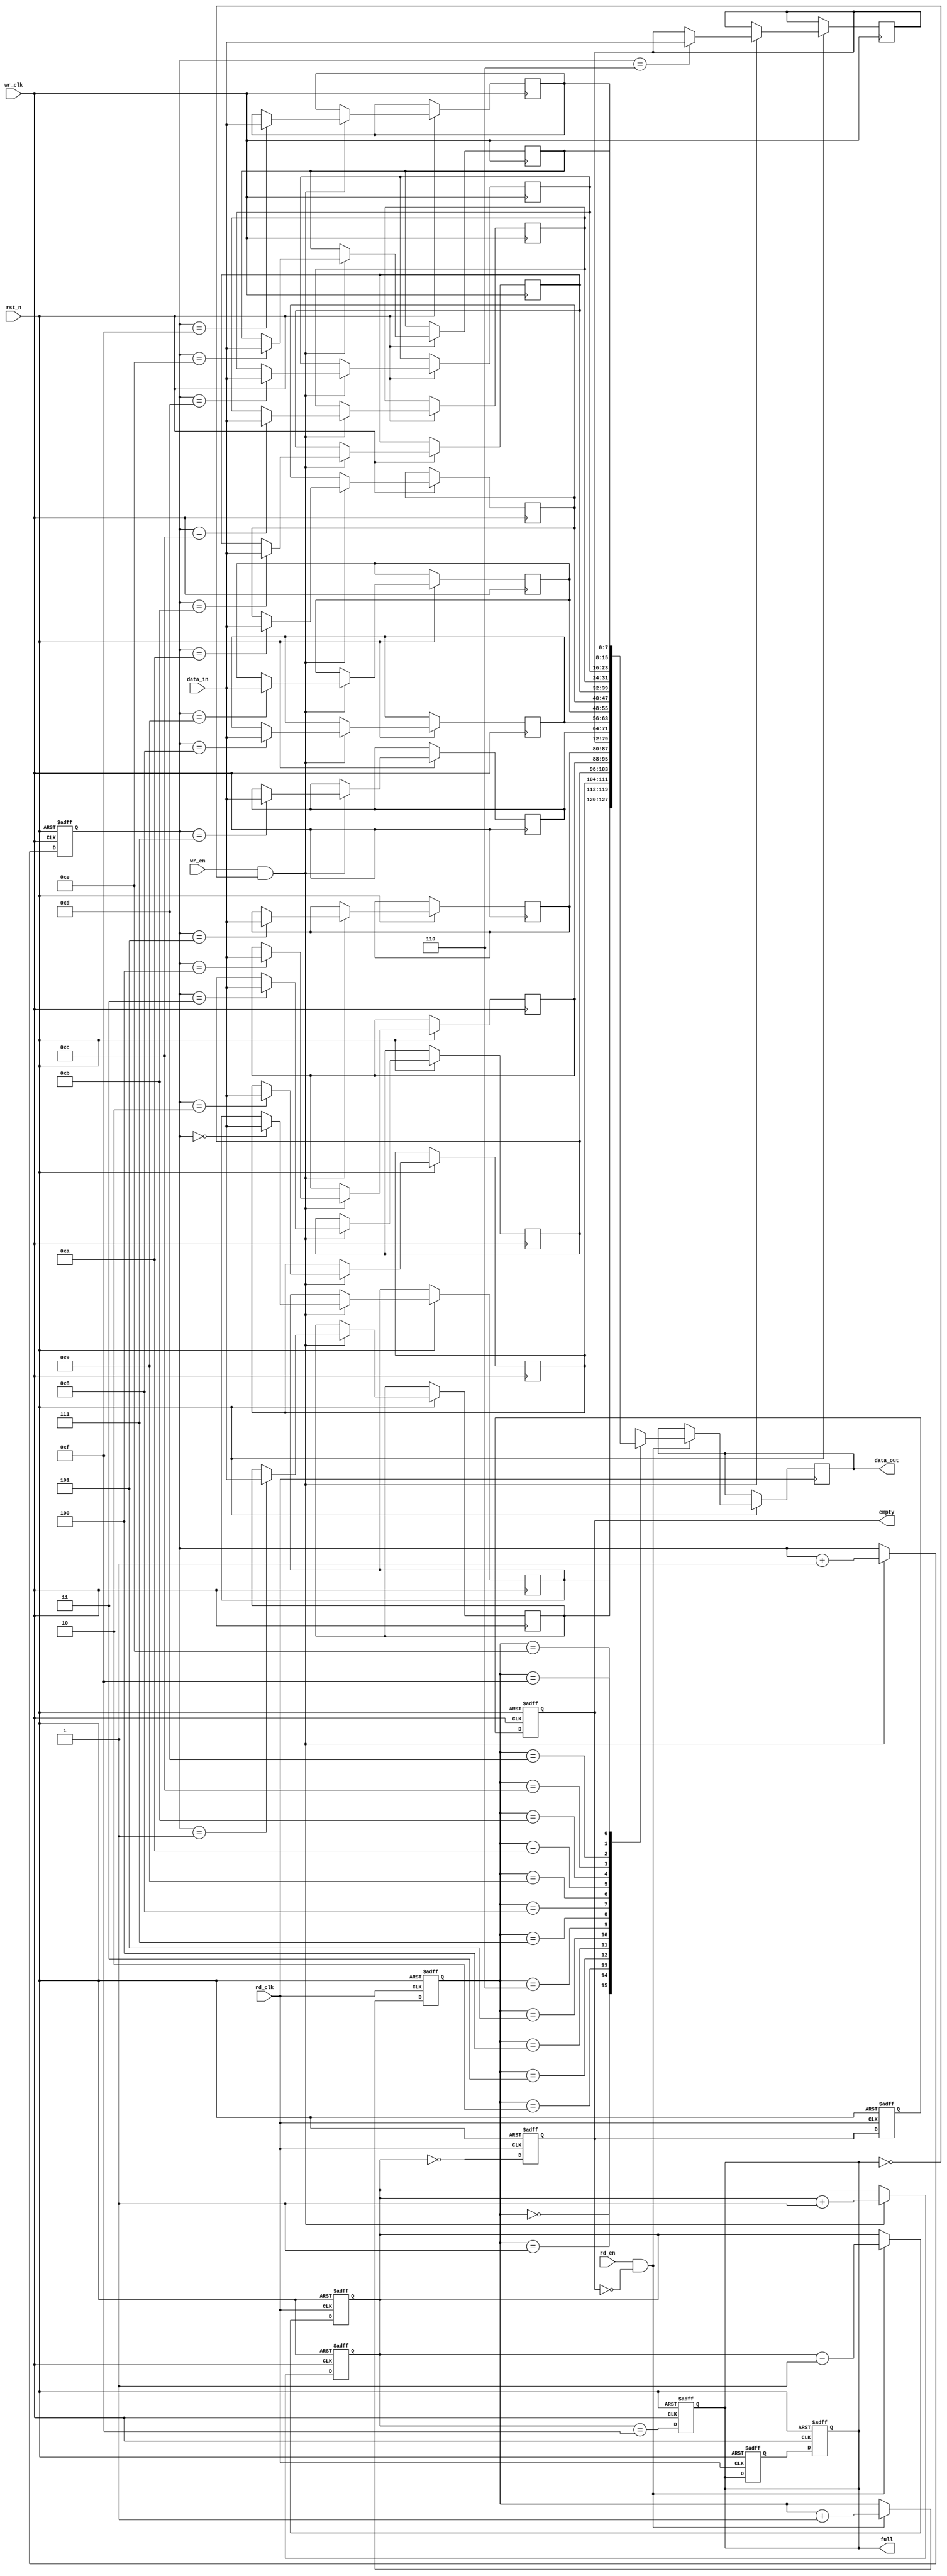
module dual_clock_fifo #(
    parameter DATA_WIDTH = 8,  // Width of the data
    parameter FIFO_DEPTH = 16   // Depth of the FIFO
)(
    input wire wr_clk,           // Write clock
    input wire rd_clk,           // Read clock
    input wire rst_n,            // Asynchronous reset (active low)
    input wire wr_en,            // Write enable
    input wire rd_en,            // Read enable
    input wire [DATA_WIDTH-1:0] data_in, // Data input
    output reg [DATA_WIDTH-1:0] data_out, // Data output
    output reg full,             // Full flag
    output reg empty             // Empty flag
);

    // Memory array
    reg [DATA_WIDTH-1:0] fifo_mem [0:FIFO_DEPTH-1];

    // Write and Read pointers
    reg [$clog2(FIFO_DEPTH)-1:0] w_ptr;
    reg [$clog2(FIFO_DEPTH)-1:0] r_ptr;
    reg [$clog2(FIFO_DEPTH):0] count; // Count of items in FIFO

    // Synchronizers for full and empty flags
    reg full_sync;
    reg empty_sync;

    // Asynchronous reset
    always @(posedge wr_clk or negedge rst_n) begin
        if (!rst_n) begin
            w_ptr <= 0;
            full <= 0;
            count <= 0;
        end else begin
            if (wr_en && !full) begin
                fifo_mem[w_ptr] <= data_in;
                w_ptr <= w_ptr + 1;
                count <= count + 1;
            end
            // Update full flag
            full <= (count == FIFO_DEPTH - 1);
        end
    end

    always @(posedge rd_clk or negedge rst_n) begin
        if (!rst_n) begin
            r_ptr <= 0;
            empty <= 1;
            count <= 0;
        end else begin
            if (rd_en && !empty) begin
                data_out <= fifo_mem[r_ptr];
                r_ptr <= r_ptr + 1;
                count <= count - 1;
            end
            // Update empty flag
            empty <= (count == 0);
        end
    end

    // Synchronize full and empty flags to the read clock domain
    always @(posedge rd_clk or negedge rst_n) begin
        if (!rst_n) begin
            full_sync <= 0;
            empty_sync <= 1;
        end else begin
            full_sync <= full;
            empty_sync <= empty;
        end
    end

    // Synchronize full and empty flags to the write clock domain
    always @(posedge wr_clk or negedge rst_n) begin
        if (!rst_n) begin
            full <= 0;
            empty <= 1;
        end else begin
            full <= full_sync;
            empty <= empty_sync;
        end
    end

endmodule